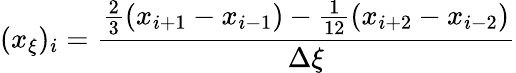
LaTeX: (x_{\xi})_{i}=\frac{\frac{2}{3}(x_{i+1}-x_{i-1})-\frac{1}{12}(x_{i+2}-x_{i-2})}{\Delta\xi}